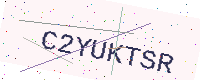
Text: C2YUKTSR